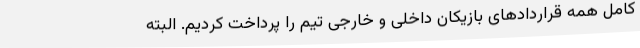
کامل همه قراردادهای بازیکان داخلی و خارجی تیم را پرداخت کردیم. البته